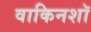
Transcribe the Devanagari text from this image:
वाकिनशॉ